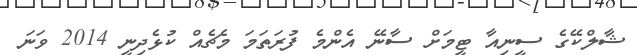
ޝާލްކޭގެ ސީނިއާ ޓީމަށް ސާނޭ އެންމެ ފުރަތަމަ މެޗެއް ކުޅެދިނީ 2014 ވަނަ